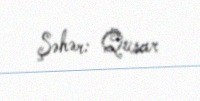
Şəhər: Qusar